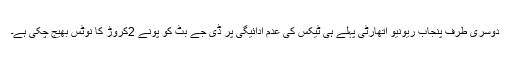
دوسری طرف پنجاب ریونیو اتھارٹی پہلے ہی ٹیکس کی عدم ادائیگی پر ڈی جے بٹ کو پونے 2کروڑ کا نوٹس بھیج چکی ہے۔